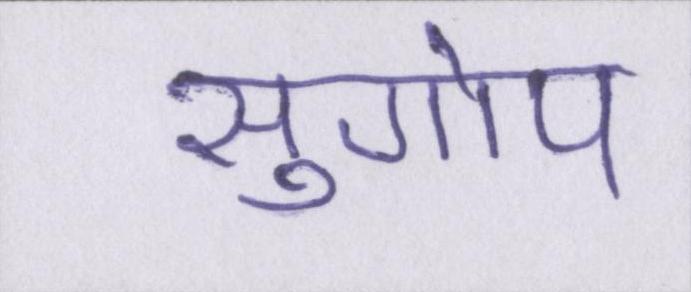
सुगोप